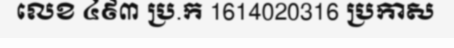
លេខ ៤៩៣ ប្រ.ក 1614020316 ប្រកាស